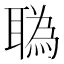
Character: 𦖯